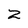
Character: z